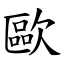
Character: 歐